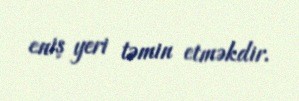
eniş yeri təmin etməkdir.